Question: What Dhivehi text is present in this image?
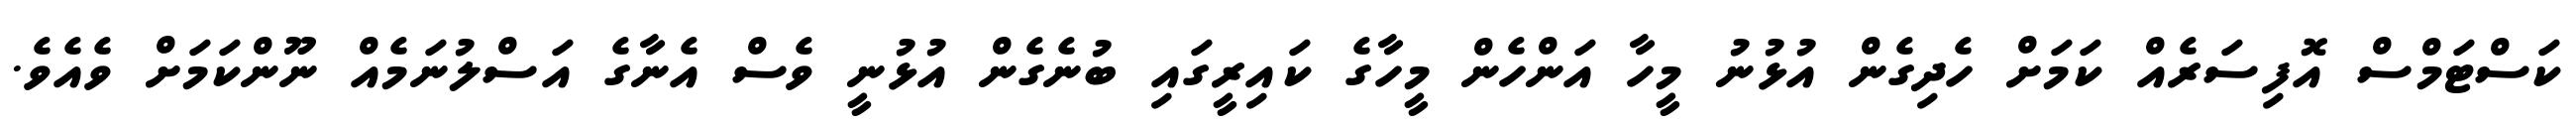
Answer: ކަސްޓަމްސް އޮފިސަރެއް ކަމަށް ހެދިގެން އުޅުނު މީހާ އަންހެން މީހާގެ ކައިރީގައި ބުނެގެން އުޅުނީ ވެސް އެނާގެ އަސްލުނަމެއް ނޫންކަމަށް ވެއެވެ.